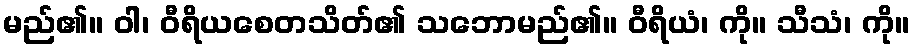
မည်၏။ ဝါ၊ ဝီရိယစေတသိတ်၏ သဘောမည်၏။ ဝီရိယံ၊ ကို။ သီသံ၊ ကို။